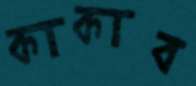
কাকাব